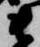
衛